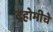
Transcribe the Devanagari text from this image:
दहोमीचे